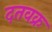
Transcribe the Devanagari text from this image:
दतवक्र